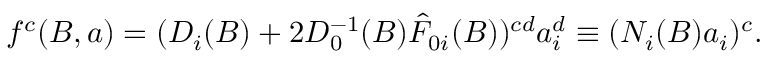
f ^ { c } ( B , a ) = ( D _ { i } ( B ) + 2 D _ { 0 } ^ { - 1 } ( B ) \hat { F } _ { 0 i } ( B ) ) ^ { c d } a _ { i } ^ { d } \equiv ( N _ { i } ( B ) a _ { i } ) ^ { c } .